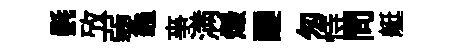
㲲攷弱龜亊满燬醍匆恃問艇